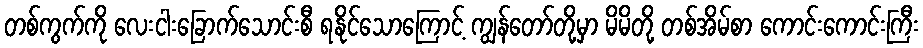
တစ်ကွက်ကို လေးငါးခြောက်သောင်းစီ ရနိုင်သောကြောင့် ကျွန်တော်တို့မှာ မိမိတို့ တစ်အိမ်စာ ကောင်းကောင်းကြီး